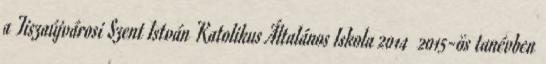
a Tiszaújvárosi Szent István Katolikus Általános Iskola 2014 2015-ös tanévben